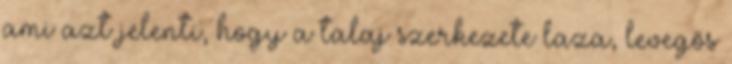
ami azt jelenti, hogy a talaj szerkezete laza, levegős